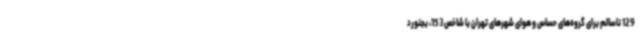
129 ناسالم برای گروه‌های حساس و هوای شهرهای تهران با شاخص 153، بجنورد